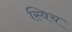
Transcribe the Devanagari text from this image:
स्‍विच